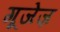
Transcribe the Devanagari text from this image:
गूजेज़